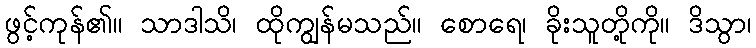
ဖွင့်ကုန်၏။ သာဒါသိ၊ ထိုကျွန်မသည်။ စောရေ၊ ခိုးသူတို့ကို။ ဒိသွာ၊